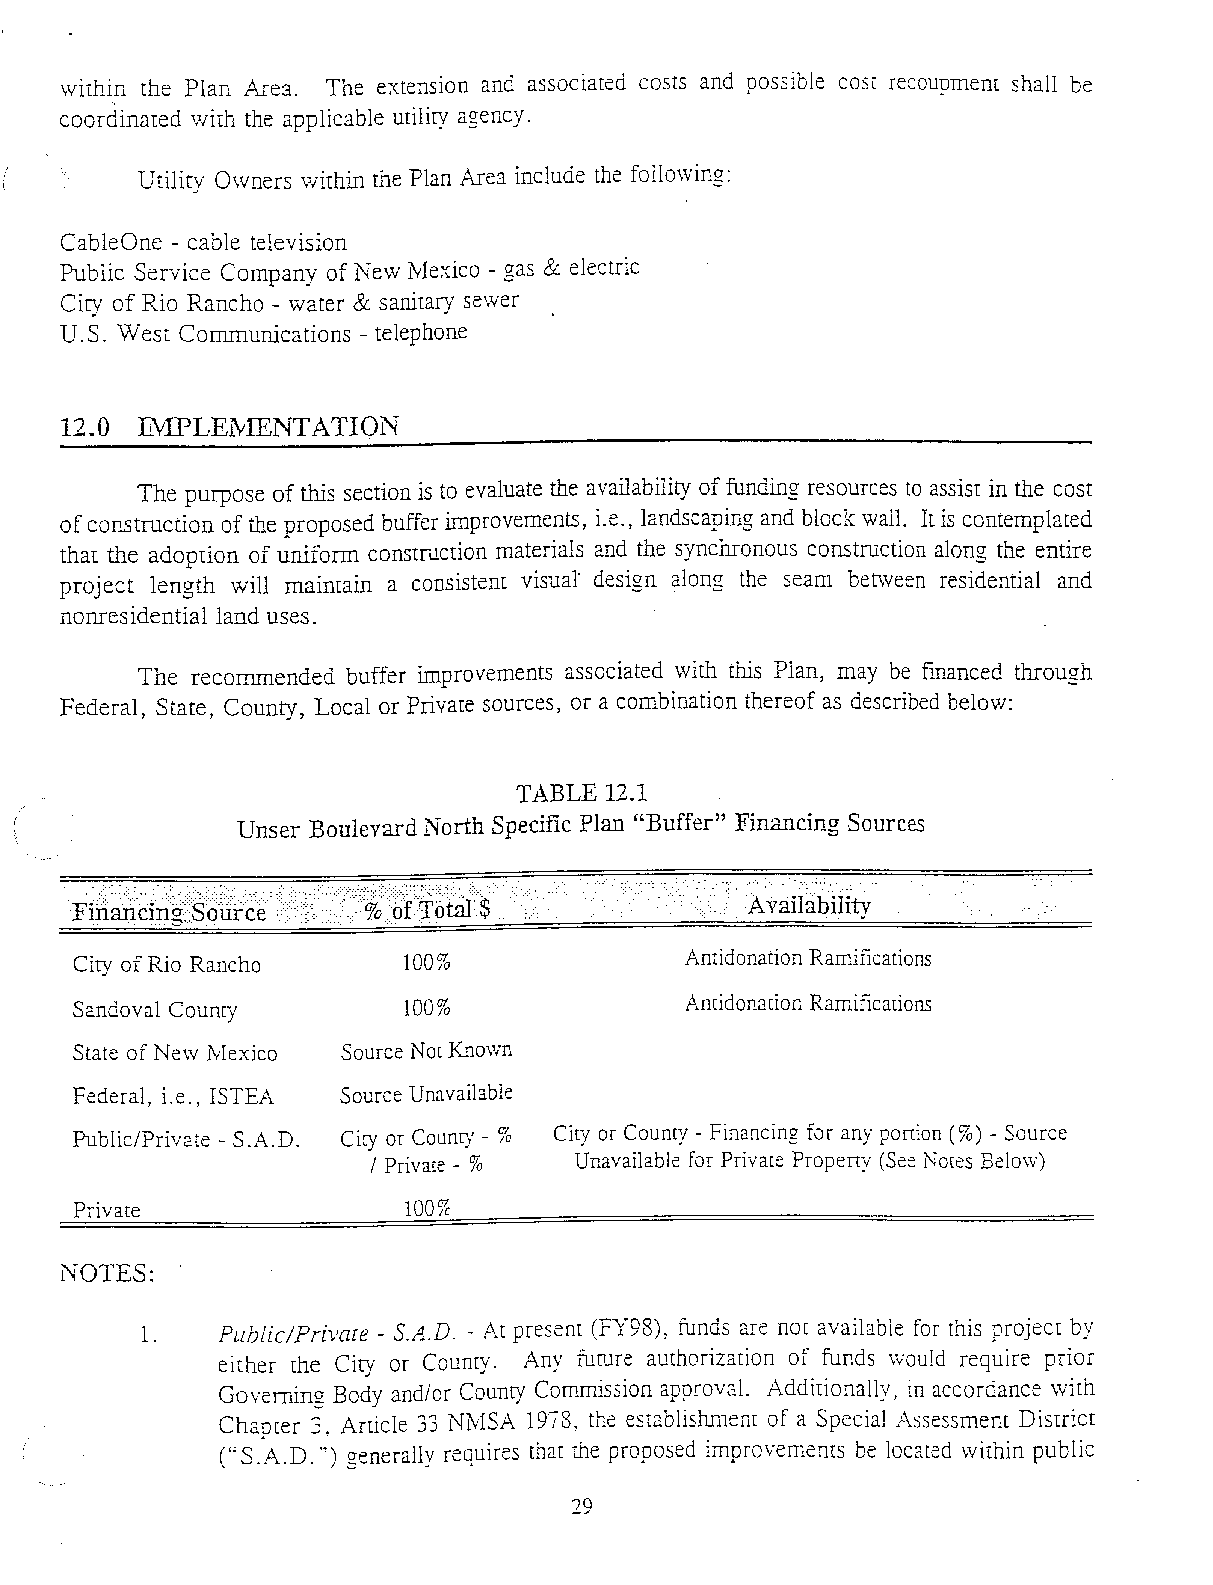
within the Plan Area. The extension and associated costs and possible cose recoupment shall be
 coordinated Wilh the applicable utility agency.
 Utility Owners wilhin the Plan Area include the follo\vin£:
 ~                                 ~
 CableOne - cable television
 Public Service Company of New :NIexico - gas & electric
 Ciry of Rio Rancho - water & sanilary se\ver
 U.S. West Communications - telephone
 12.0 Th1PLEwlENl'ATIQN
 The purpose of this section is to evaluate the availability of funding resources to assist in the cost
 of construction of the proposed buffer improvements, i.e., landscaping and block wall. II is contemplated
 that the adoption of uniform construction materials and the synchronous construction along the entire
 project length will mainlain a consistent visual" design ~long the seam between residential and
 nonresidential land uses.
 The recommended buffer improvements associated with this Plan, may be fmanced throu£h
 Federal, State, County, Local or Private sources, or a combination thereof as described below:
 TABLE 12.1
 Unser Boulevard North Spedfic Plan "Buffer" Financing Sources
 City of Rio Rancho    100%              Amidonarion Ramifications
 Sandoval Coumy        100%              Amidonation Ramifications
 State of New Ivlexico Source Not Knmvn
 Federal, i.e., ISTEA Source Unavailable
 Public/Private - S.A.D. City or County - % City or County - Financing for any ponioD (%) - Source
 / Private - % Unavailable for Private Propeny (See Nmes Belo\v)
 Private               100%
 NOTES:
 1.   Public/Privare - S.A.D. - At presem (FY98), funds are noc available for this projec[ by
 ei[her the Ciry or Coumy. Any furure au[horizarion of funds \vould require prior
 Governing Body andior County Commission approval. Addilionally, in accordance with
 Chapter 3, Article 33 NlvlSA 1973, the establishmem of a Special Assessment Dislricr
 (" S. A.D. '") generally requires that the proposed improvements be located within public
 29